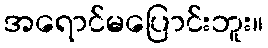
အရောင်မပြောင်းဘူး။